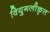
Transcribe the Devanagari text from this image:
वियुगलीकृत